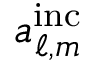
a _ { \ell , m } ^ { \mathrm { i n c } }